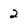
Character: 2